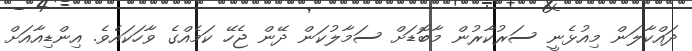
ދައްކާލަން މިއުޅެނީ ސަރުކާރުން މާބޮޑަށް ސަމާލުކަން ދޭން ޖެހޭ ކަމެއްގެ ވާހަކައެވެ. އިންޑިއާއަށް